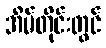
အိမ်တိုင်းတွင်